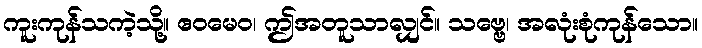
ကူးကုန်သကဲ့သို့။ ဧဝမေဝ၊ ဤအတူသာလျှင်။ သဗ္ဗေ၊ အလုံးစုံကုန်သော။